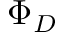
\Phi _ { D }